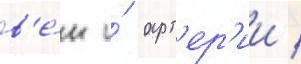
в'е́н и́ арт'ер'ии /